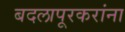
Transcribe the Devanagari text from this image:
बदलापूरकरांना